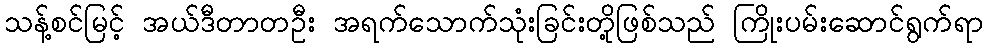
သန့်စင်မြင့် အယ်ဒီတာတဦး အရက်သောက်သုံးခြင်းတို့ဖြစ်သည် ကြိုးပမ်းဆောင်ရွက်ရာ